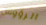
الرؤوس